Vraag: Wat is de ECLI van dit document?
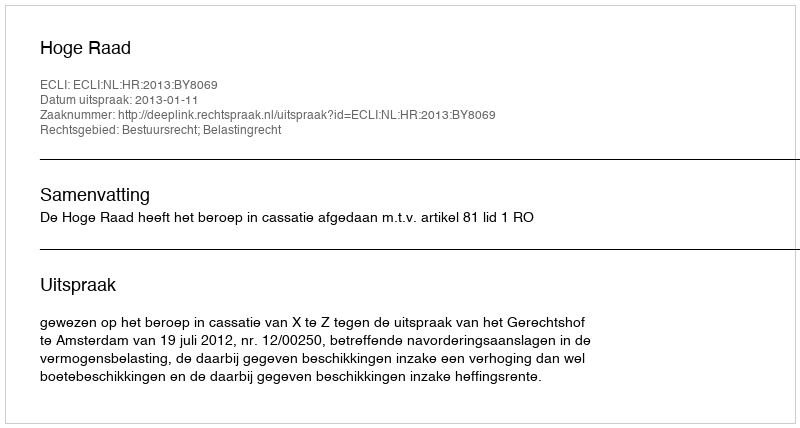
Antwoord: ECLI:NL:HR:2013:BY8069